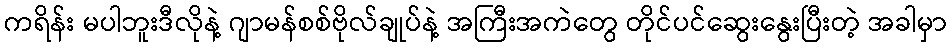
ကရိန်း မပါဘူးဒီလိုနဲ့ ဂျာမန်စစ်ဗိုလ်ချုပ်နဲ့ အကြီးအကဲတွေ တိုင်ပင်ဆွေးနွေးပြီးတဲ့ အခါမှာ